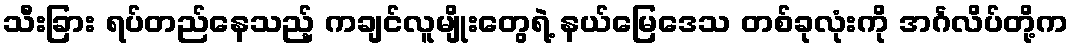
သီးခြား ရပ်တည်နေသည့် ကချင်လူမျိုးတွေရဲ့ နယ်မြေဒေသ တစ်ခုလုံးကို အင်္ဂလိပ်တို့က